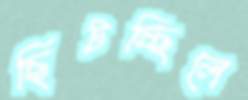
ছিটচ্ছিলে